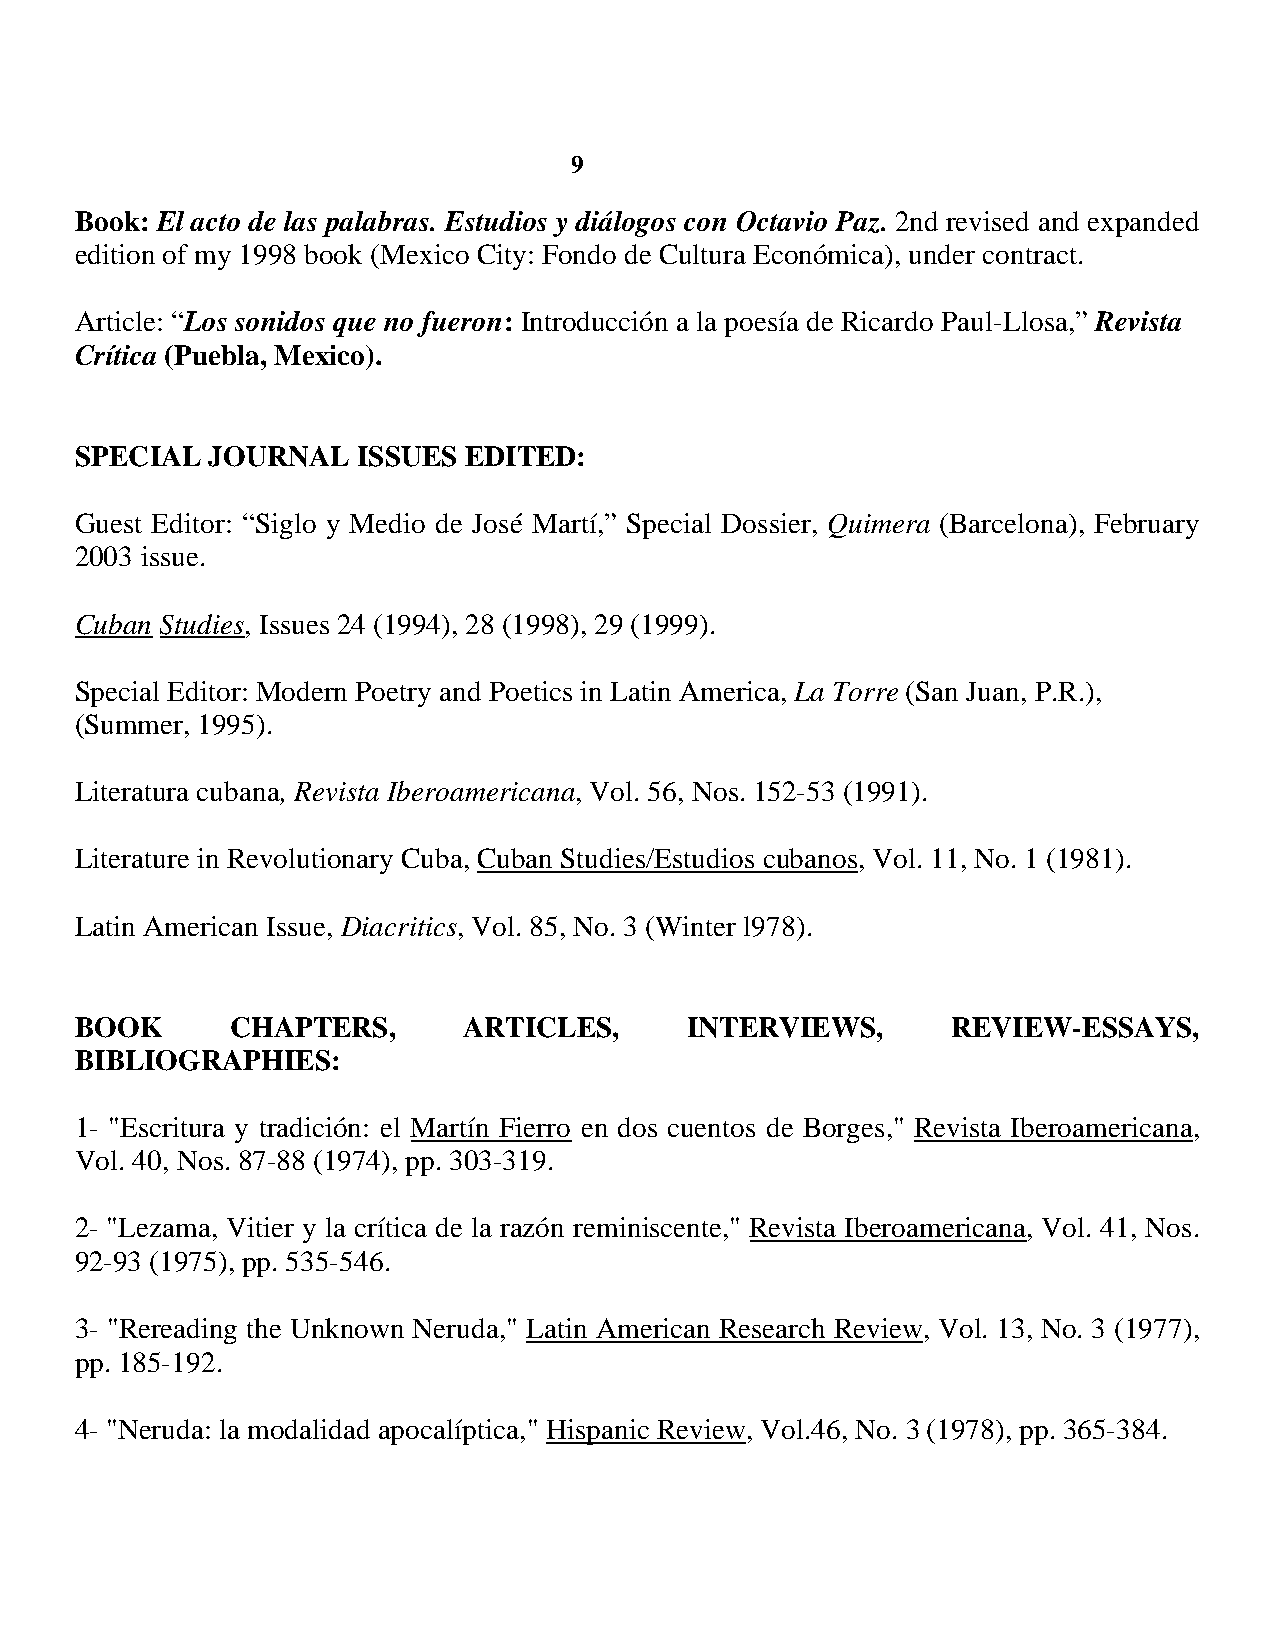
9
 Book: El acto de las palabras. Estudios y diálogos con Octavio Paz. 2nd revised and expanded
 edition of my 1998 book (Mexico City: Fondo de Cultura Económica), under contract.
 Article: “Los sonidos que no fueron: Introducción a la poesía de Ricardo Paul-Llosa,” Revista
 Crítica (Puebla, Mexico).
 SPECIAL  JOURNAL   ISSUES EDITED:
 Guest Editor: “Siglo y Medio de José Martí,” Special Dossier, Quimera (Barcelona), February
 2003 issue.
 Cuban Studies, Issues 24 (1994), 28 (1998), 29 (1999).
 Special Editor: Modern Poetry and Poetics in Latin America, La Torre (San Juan, P.R.),
 (Summer, 1995).
 Literatura cubana, Revista Iberoamericana, Vol. 56, Nos. 152-53 (1991).
 Literature in Revolutionary Cuba, Cuban Studies/Estudios cubanos, Vol. 11, No. 1 (1981).
 Latin American Issue, Diacritics, Vol. 85, No. 3 (Winter l978).
 BOOK      CHAPTERS,       ARTICLES,     INTERVIEWS,       REVIEW-ESSAYS,
 BIBLIOGRAPHIES:
 1- "Escritura y tradición: el Martín Fierro en dos cuentos de Borges," Revista Iberoamericana,
 Vol. 40, Nos. 87-88 (1974), pp. 303-319.
 2- "Lezama, Vitier y la crítica de la razón reminiscente," Revista Iberoamericana, Vol. 41, Nos.
 92-93 (1975), pp. 535-546.
 3- "Rereading the Unknown Neruda," Latin American Research Review, Vol. 13, No. 3 (1977),
 pp. 185-192.
 4- "Neruda: la modalidad apocalíptica," Hispanic Review, Vol.46, No. 3 (1978), pp. 365-384.